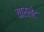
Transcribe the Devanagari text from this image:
चारलेट